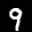
Label: 9